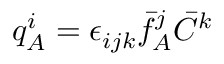
q _ { A } ^ { i } = \epsilon _ { i j k } \bar { f } _ { A } ^ { j } \bar { C } ^ { k }